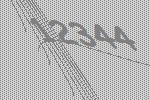
12344